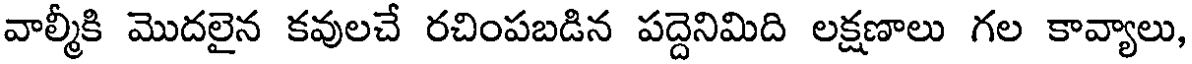
వాల్మీకి మొదలైన కవులచే రచింపబడిన పద్దెనిమిది లక్షణాలు గల కావ్యాలు,